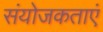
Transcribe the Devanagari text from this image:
संयोजकताएं